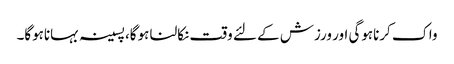
واک کرناہوگی اور ورزش کے لئے وقت نکالنا ہوگا، پسینہ بہاناہوگا۔